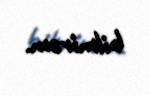
bilmirəm.